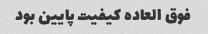
فوق العاده کیفیت پایین بود